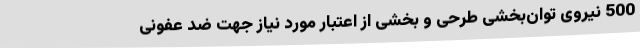
500 نیروی توان‌بخشی طرحی و بخشی از اعتبار مورد نیاز جهت ضد عفونی